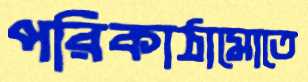
পরিকাঠামোতে